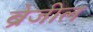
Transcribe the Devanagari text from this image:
ब्रेजील